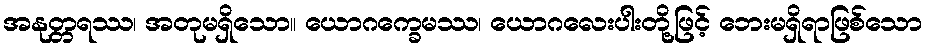
အနုတ္တရဿ၊ အတုမရှိသော။ ယောဂက္ခေမဿ၊ ယောဂလေးပါးတို့ဖြင့် ဘေးမရှိရာဖြစ်သော